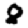
Digit: 8